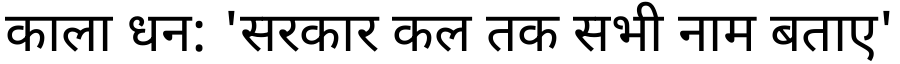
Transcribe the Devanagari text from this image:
काला धन: 'सरकार कल तक सभी नाम बताए'